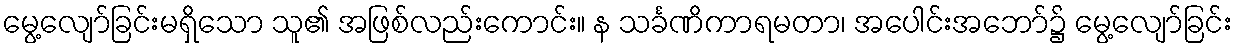
မွေ့လျော်ခြင်းမရှိသော သူ၏ အဖြစ်လည်းကောင်း။ န သင်္ခဏိကာရမတာ၊ အပေါင်းအဘော်၌ မွေ့လျော်ခြင်း